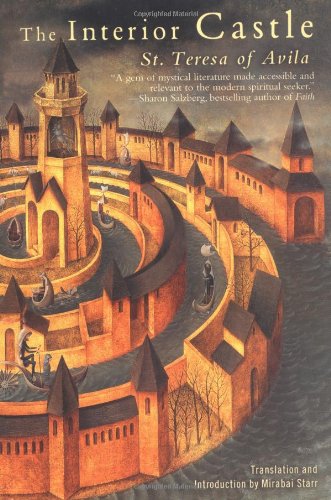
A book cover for The Interior Castle; Teresa of Avila; Christian Books & Bibles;